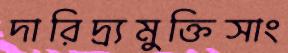
দারিদ্র্যমুক্তিসাং